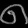
Digit: ၈